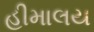
હીમાલય